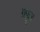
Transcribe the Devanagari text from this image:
ग़फ़ूर